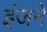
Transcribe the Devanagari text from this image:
इंजने